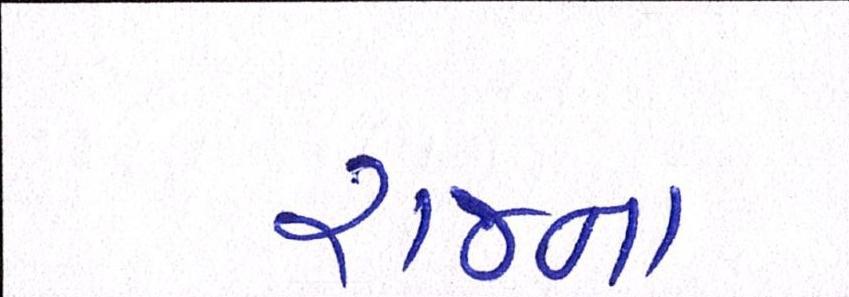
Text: રાજના